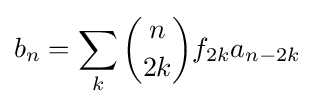
b_{n}=\sum _{k}{\binom {n}{2k}}f_{2k}a_{n-2k}